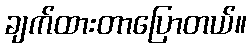
ချက်ထားတာပြောတယ်။